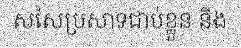
សសៃប្រសាទជាប់ខ្លួន និង